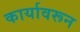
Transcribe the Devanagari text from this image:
कार्यावरून